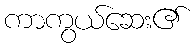
ကာကွယ်ဆေး၏